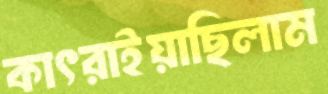
কাৎরাইয়াছিলাম